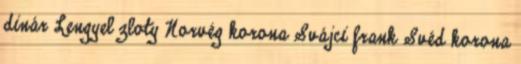
dinár Lengyel zloty Norvég korona Svájci frank Svéd korona